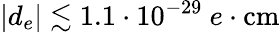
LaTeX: |d_{e}|\lesssim 1.1\cdot 10^{-29}\ e\cdot\textrm{cm}